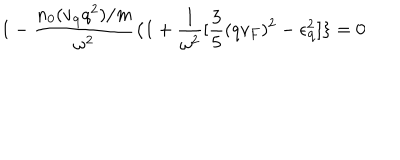
1 - \frac { n _ { 0 } ( v _ { { \bf { q } } } q ^ { 2 } ) / m } { \omega ^ { 2 } } \{ 1 + \frac { 1 } { \omega ^ { 2 } } [ \frac { 3 } { 5 } ( q v _ { F } ) ^ { 2 } - \epsilon _ { { \bf { q } } } ^ { 2 } ] \} = 0